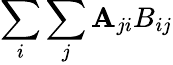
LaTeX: \sum_{i}\sum_{j}\mathbf{A}_{ji}B_{ij}